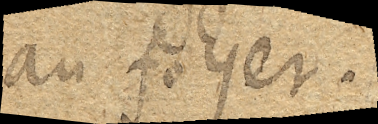
au foyer.